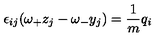
\epsilon _ { i j } ( \omega _ { + } z _ { j } - \omega _ { - } y _ { j } ) = \frac { 1 } { m } q _ { i }